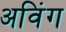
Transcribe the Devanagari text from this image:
अविंग